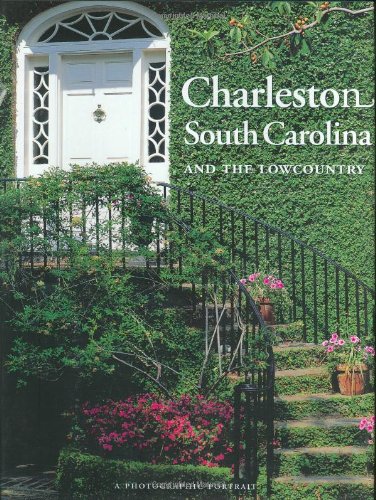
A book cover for Charleston, South Carolina and the Lowcountry: A Photographic Portrait; Editors of Yourtown Books; Travel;